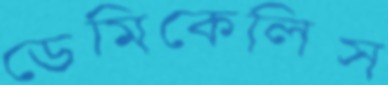
ডেমিকেলিস